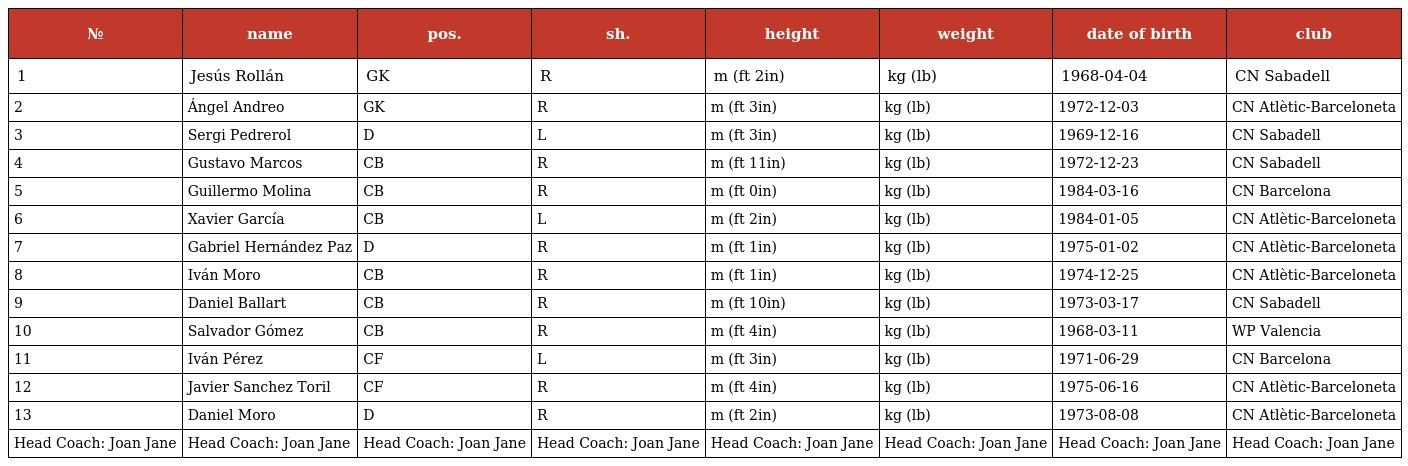
| № | name | pos. | sh. | height | weight | date of birth | club |
 | --- | --- | --- | --- | --- | --- | --- | --- |
 | 1 | Jesús Rollán | GK | R | m (ft 2in) | kg (lb) | 1968-04-04 | CN Sabadell |
 | 2 | Ángel Andreo | GK | R | m (ft 3in) | kg (lb) | 1972-12-03 | CN Atlètic-Barceloneta |
 | 3 | Sergi Pedrerol | D | L | m (ft 3in) | kg (lb) | 1969-12-16 | CN Sabadell |
 | 4 | Gustavo Marcos | CB | R | m (ft 11in) | kg (lb) | 1972-12-23 | CN Sabadell |
 | 5 | Guillermo Molina | CB | R | m (ft 0in) | kg (lb) | 1984-03-16 | CN Barcelona |
 | 6 | Xavier García | CB | L | m (ft 2in) | kg (lb) | 1984-01-05 | CN Atlètic-Barceloneta |
 | 7 | Gabriel Hernández Paz | D | R | m (ft 1in) | kg (lb) | 1975-01-02 | CN Atlètic-Barceloneta |
 | 8 | Iván Moro | CB | R | m (ft 1in) | kg (lb) | 1974-12-25 | CN Atlètic-Barceloneta |
 | 9 | Daniel Ballart | CB | R | m (ft 10in) | kg (lb) | 1973-03-17 | CN Sabadell |
 | 10 | Salvador Gómez | CB | R | m (ft 4in) | kg (lb) | 1968-03-11 | WP Valencia |
 | 11 | Iván Pérez | CF | L | m (ft 3in) | kg (lb) | 1971-06-29 | CN Barcelona |
 | 12 | Javier Sanchez Toril | CF | R | m (ft 4in) | kg (lb) | 1975-06-16 | CN Atlètic-Barceloneta |
 | 13 | Daniel Moro | D | R | m (ft 2in) | kg (lb) | 1973-08-08 | CN Atlètic-Barceloneta |
 | Head Coach: Joan Jane | Head Coach: Joan Jane | Head Coach: Joan Jane | Head Coach: Joan Jane | Head Coach: Joan Jane | Head Coach: Joan Jane | Head Coach: Joan Jane | Head Coach: Joan Jane |